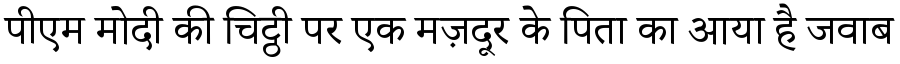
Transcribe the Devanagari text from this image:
पीएम मोदी की चिट्ठी पर एक मज़दूर के पिता का आया है जवाब